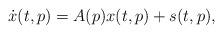
LaTeX: \begin{align*} \dot{x}(t,p) = A(p) x(t,p) + s(t,p) ,\end{align*}